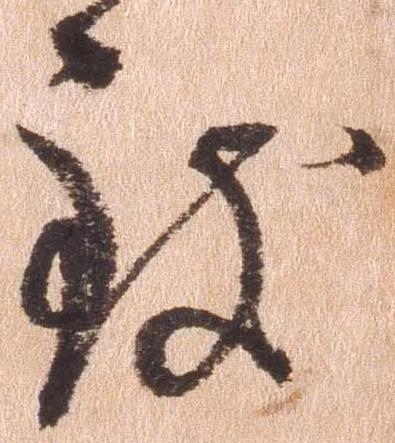
致